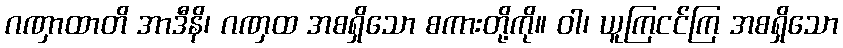
ဂဏှာထာတိ အာဒီနိ၊ ဂဏှထ အစရှိသော စကားတို့ကို။ ဝါ၊ ယူကြငင်ကြ အစရှိသော